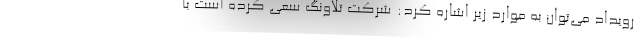
رویداد می‌توان به موارد زیر اشاره کرد: شرکت تلاونگ سعی کرده است با